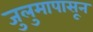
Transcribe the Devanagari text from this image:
जुलुमापासून